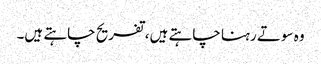
وہ سوتے رہنا چاہتے ہیں، تفریح چاہتے ہیں۔